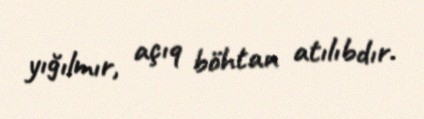
yığılmır, açıq böhtan atılıbdır.